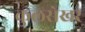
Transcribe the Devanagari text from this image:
कुलसेखर